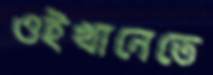
ওইখানেতে